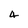
Character: 4